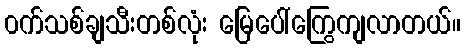
၀က်သစ်ချသီးတစ်လုံး မြေပေါ်ကြွေကျလာတယ်။